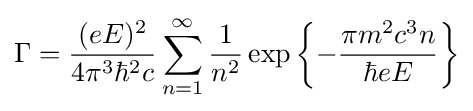
\Gamma ={\frac {(eE)^{2}}{4\pi ^{3}\hbar ^{2}c}}\sum _{n=1}^{\infty }{\frac {1}{n^{2}}}\exp \left\{-{\frac {\pi m^{2}c^{3}n}{\hbar eE}}\right\}